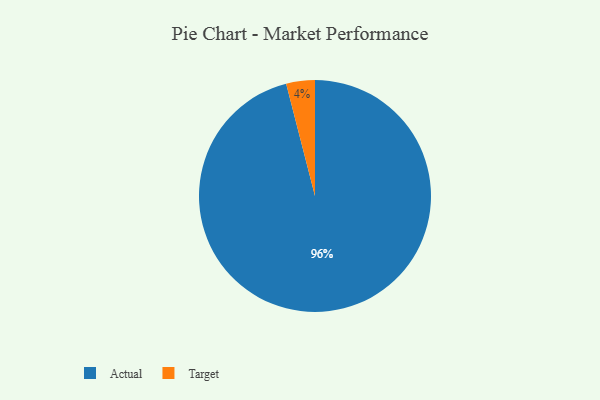
{"axis": {"x": "Category", "y": "Percentage"}, "legend": ["Actual", "Target"], "data": [{"x": "Target", "y": 4, "type": "Target"}, {"x": "Actual", "y": 96, "type": "Actual"}]}